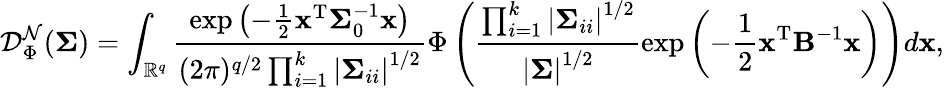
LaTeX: \mathcal{D}_{\Phi}^{\mathcal{N}}(\mathbf{\Sigma})=\int_{\mathbb{R}^{q}}\frac{\exp\left(-\frac{1}{2}\mathbf{x}^{\mathrm{T}}\mathbf{\Sigma}_{0}^{-1}\mathbf{x}\right)}{(2\pi)^{q/2}\prod_{i=1}^{k}\left|\mathbf{\Sigma}_{ii}\right|^{1/2}}\Phi\left(\frac{\prod_{i=1}^{k}\left|\mathbf{\Sigma}_{ii}\right|^{1/2}}{\left|\mathbf{\Sigma}\right|^{1/2}}\exp\left(-\frac{1}{2}\mathbf{x}^{\mathrm{T}}\mathbf{B}^{-1}\mathbf{x}\right)\right)d\mathbf{x},